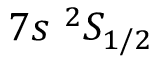
7 s ~ ^ { 2 } S _ { 1 / 2 }